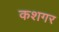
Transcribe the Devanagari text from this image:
कशगर